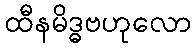
ထီနမိဒ္ဓဗဟုလော